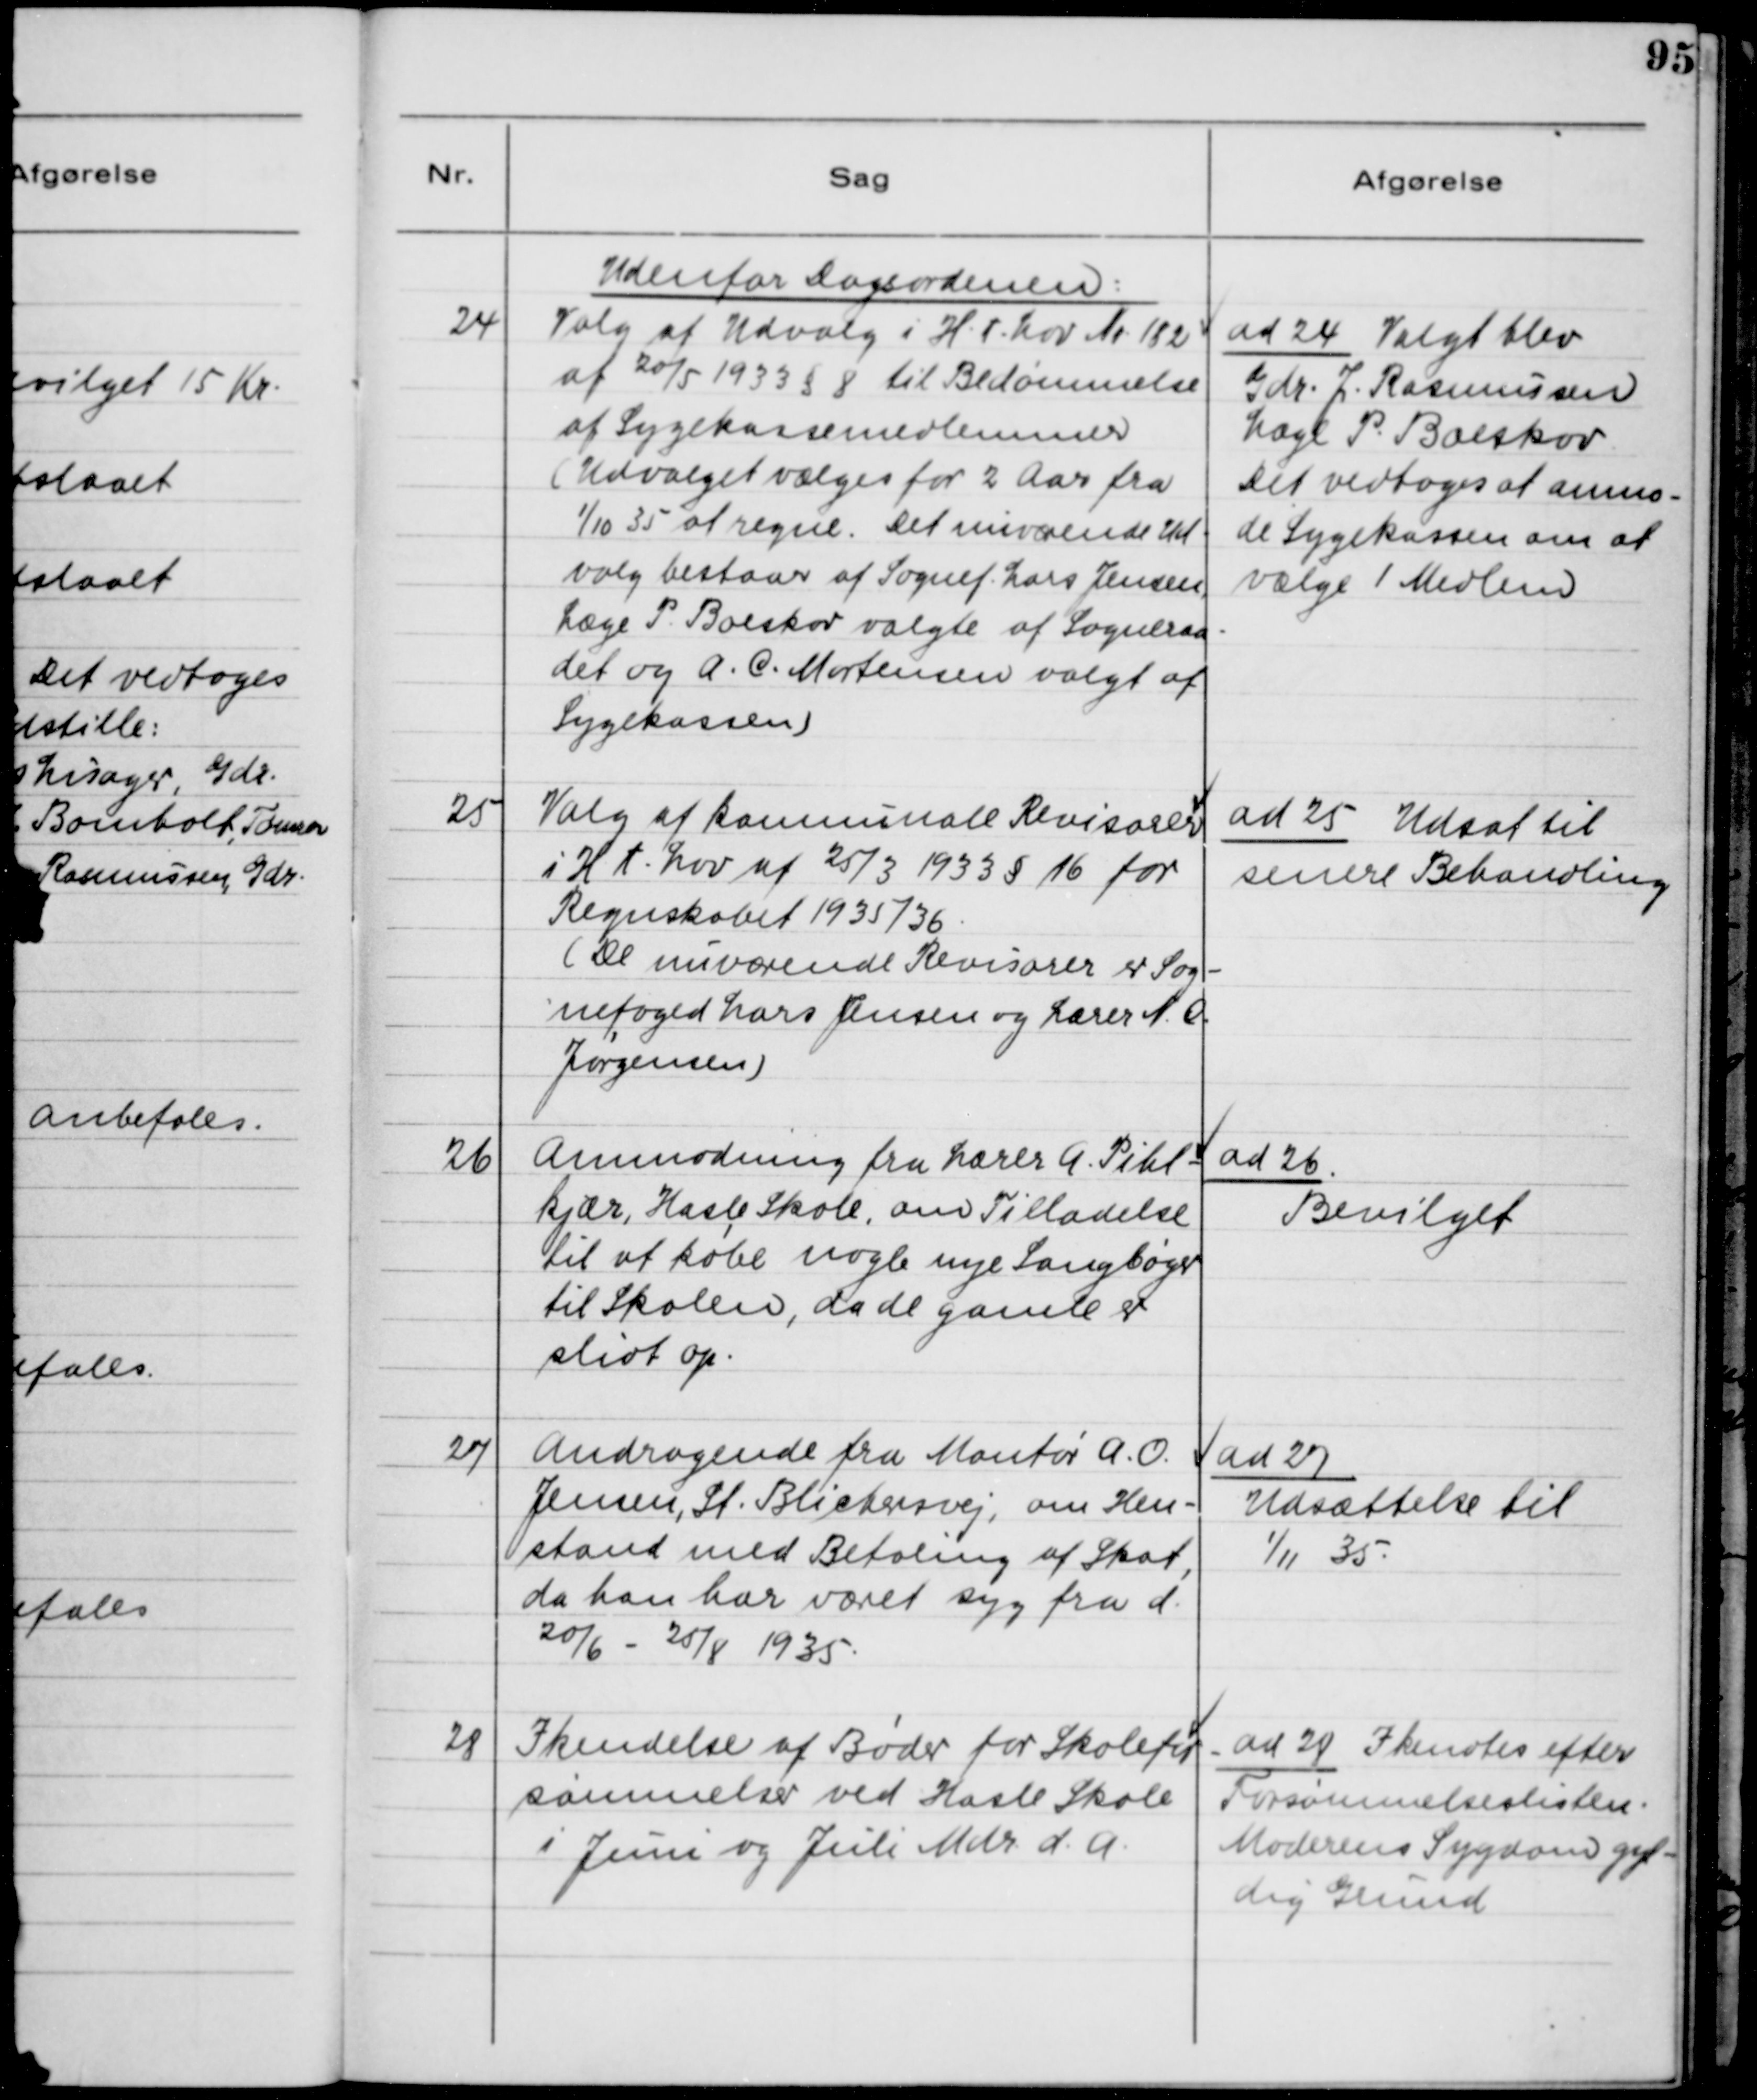
Transskription:
24

Udenfor Dagsordenen:
Valg af Udvalg i H.t. Lov Nr. 182
af 20/5 1933 §8 til Bedømmelse
af Sygekassemedlemmer
(Udvalget vælges for 2 Aar fra
1/10 35 at regne. Det nuværende Ud-
valg bestaar af Sognef. Lars Jensen.
Læge P. Boeskov valgte af Sogneraa-
det og A. C. Mortensen valgt af
Sygekassen.

ad 24 Valgt blev
Gdr. J. Rasmussen
Læge P. Boeskov
Det vedtoges at anmo-
de Sygekassen om at
vælge 1 Medlem

25

Valg af kommunale Revisorer
i H.t. Lov af 25/3 1933 § 16 for
Regnskabet 1935/36.
(De nuværende Revisorer er Sog-
nefoged Lars Jensen og Lærer N. O.
Jørgensen)

ad 25 Udsat til
senere Behandling

26

Anmodning fra Lærer A. Pihl-
kjær, Hasle Skole, om Tilladelse
til at købe nogle nye Sangbøger
til Skolen, da de gamle er
slidt op.

ad 26
Bevilget

27

Andragende fra Montør A. O.
Jensen, St. Blichersvej, om Hen-
stand med Betaling af Skat,
da han har været syg fra d.
20/6 - 25/8 1935.

ad 27
Udsættelse til
1/11 35

28

Ikendelse af Bøder for Skolefor
sømmelser ved Hasle Skole 
i Juni og Juli Mdr. d.A.

ad 28 Ikendes efter
Forsømmelseslisten:
Moderens Sygdom gyl-
dig Grund.